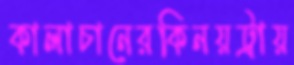
কালাচানেরকিনয়ট্রায়